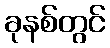
ခုနစ်တွင်